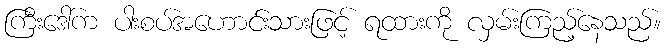
ကြီးဒေါ်က ပါးစပ်အဟောင်းသားဖြင့် ရထားကို လှမ်းကြည့်နေသည်။